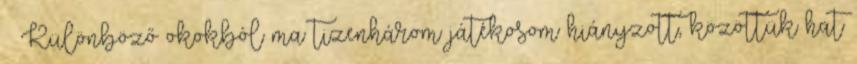
– Különböző okokból ma tizenhárom játékosom hiányzott, közöttük hat